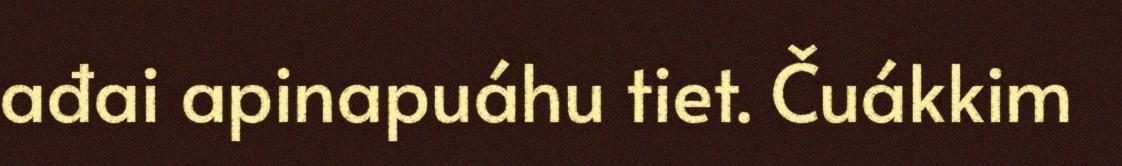
ađai apinapuáhu tiet. Čuákkim